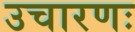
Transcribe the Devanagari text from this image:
उचारणः